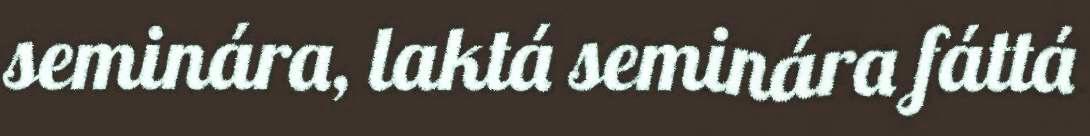
seminára, laktá seminára fáttá